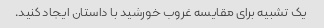
یک تشبیه برای مقایسه غروب خورشید با داستان ایجاد کنید.